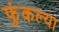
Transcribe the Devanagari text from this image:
फुंकल्या